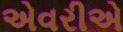
એવરીએ